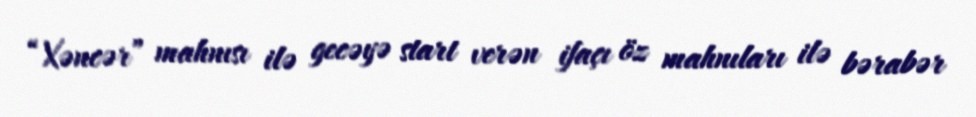
“Xəncər” mahnısı ilə gecəyə start verən ifaçı öz mahnıları ilə bərabər